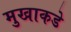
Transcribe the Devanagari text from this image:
मुखाकडे